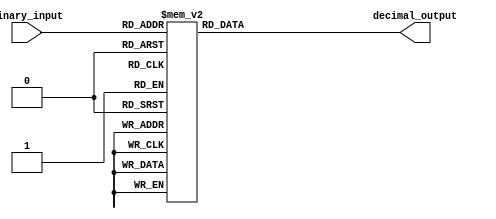
module bcd_decoder (
  input [3:0] binary_input,
  output reg [9:0] decimal_output
);

always @(*)
begin
  case(binary_input)
    4'b0000: decimal_output = 10'b0000000001; //0
    4'b0001: decimal_output = 10'b0000000010; //1
    4'b0010: decimal_output = 10'b0000000100; //2
    4'b0011: decimal_output = 10'b0000001000; //3
    4'b0100: decimal_output = 10'b0000010000; //4
    4'b0101: decimal_output = 10'b0000100000; //5
    4'b0110: decimal_output = 10'b0001000000; //6
    4'b0111: decimal_output = 10'b0010000000; //7
    4'b1000: decimal_output = 10'b0100000000; //8
    4'b1001: decimal_output = 10'b1000000000; //9
    default: decimal_output = 10'b0000000000; //default all zeros
  endcase
end

endmodule